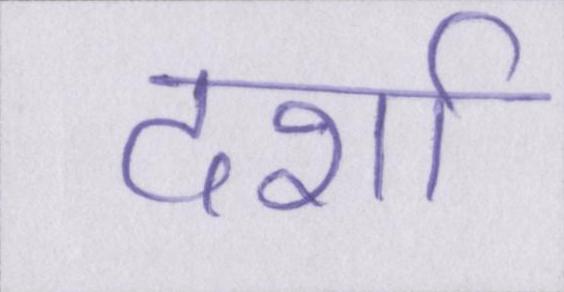
दर्शा